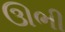
ઊભી